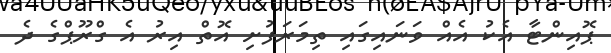
ޕޮއިންޓާ އެކު އެއް ވަނައިގައި ތިމަރަފުށި އޮތް އިރު އެ ގްރޫޕްގެ ދެ